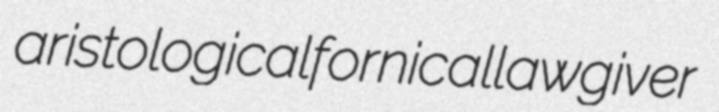
aristological fornical lawgiver